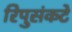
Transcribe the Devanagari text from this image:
रिपुसंकटे